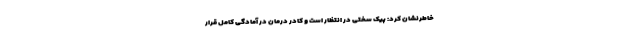
خاطرنشان کرد: پیک سختی در انتظار است و کادر درمان در آمادگی کامل قرار